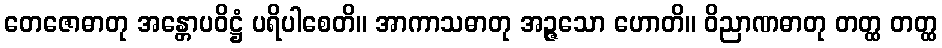
တေဇောဓာတု အန္တောပဝိဋ္ဌံ ပရိပါစေတိ။ အာကာသဓာတု အဉ္ဇသော ဟောတိ။ ဝိညာဏဓာတု တတ္ထ တတ္ထ